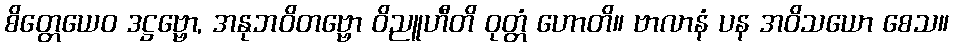
စိတ္တေယေဝ ဒဋ္ဌဗ္ဗော, အနုဘဝိတဗ္ဗော ဝိညူဟီတိ ဝုတ္တံ ဟောတိ။ ဗာလာနံ ပန အဝိသယော စေသ။